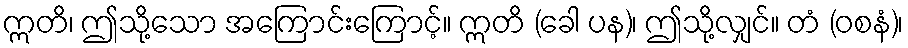
ဣတိ၊ ဤသို့သော အကြောင်းကြောင့်။ ဣတိ (ခေါ ပန)၊ ဤသို့လျှင်။ တံ (ဝစနံ)၊